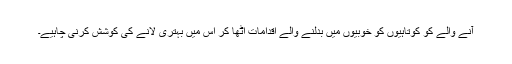
آنے والے کو کوتاہیوں کو خوبیوں میں بدلنے والے اقدامات اٹھا کر اس میں بہتری لانے کی کوشش کرنی چاہیے۔